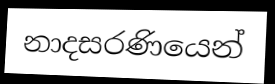
නාදසරණියෙන්